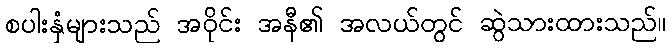
စပါးနှံများသည် အဝိုင်း အနီ၏ အလယ်တွင် ဆွဲသားထားသည်။